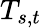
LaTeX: \textstyle T_{s,t}